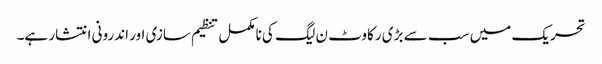
تحریک میں سب سے بڑی رکاوٹ ن لیگ کی نامکمل تنظیم سازی اور اندرونی انتشار ہے۔